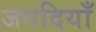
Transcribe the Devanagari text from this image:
जगदियाँ